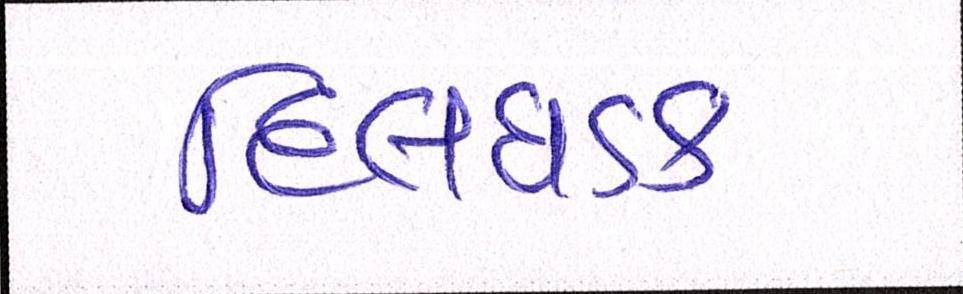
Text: દિલધડક